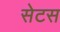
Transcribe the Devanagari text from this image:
सेटस